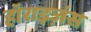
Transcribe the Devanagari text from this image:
हॉराइज़ंस